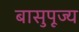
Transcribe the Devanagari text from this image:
बासुपूज्य